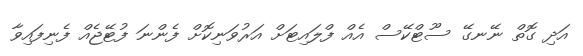
އަދި ގޮތް ނޭނގޭ ސޫޓްކޭސް އެއް ފްލައިޓަށް އަރުވަނިކޮށް ފެންނަ ފުޓޭޖެއް ފެނިފައިވާ